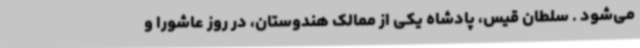
می‌شود . سلطان قیس، پادشاه یکی از ممالک هندوستان، در روز عاشورا و